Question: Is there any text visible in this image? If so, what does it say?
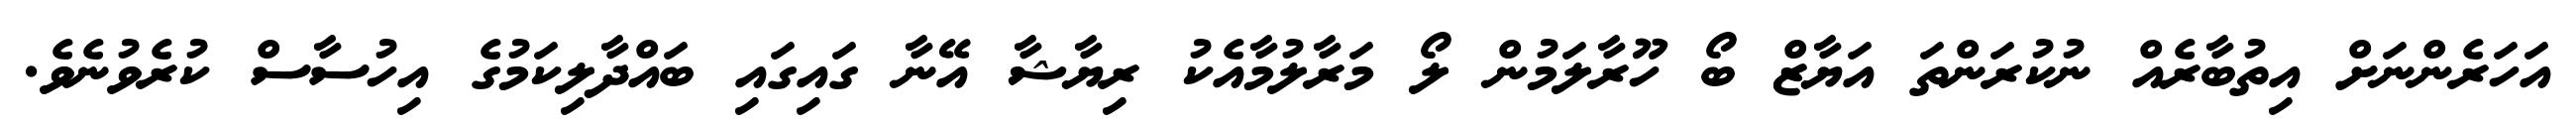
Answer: އަހަރެންނަށް އިތުބާރެއް ނުކުރަންތަ އަޔާޒް ބޯ ހޫރާލަމުން ލޯ މަރާލުމާއެކު ރިޔާޝާ އޭނާ ގައިގައި ބައްދާލިކަމުގެ އިހުސާސް ކުރެވުނެވެ.